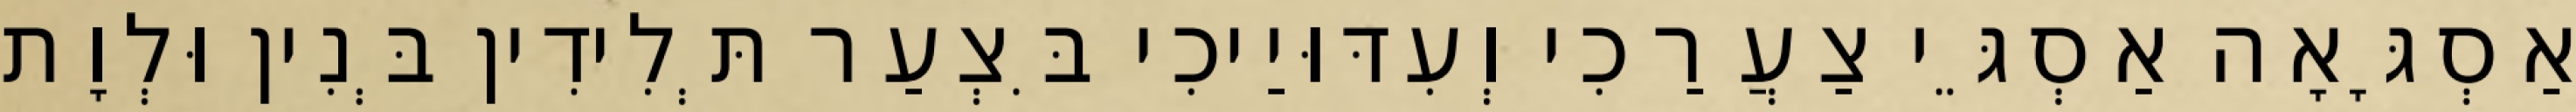
אַסְגָּאָה אַסְגֵּי צַעֲרַכִי וְעִדּוּיַיכִי בִּצְעַר תְּלִידִין בְּנִין וּלְוָת